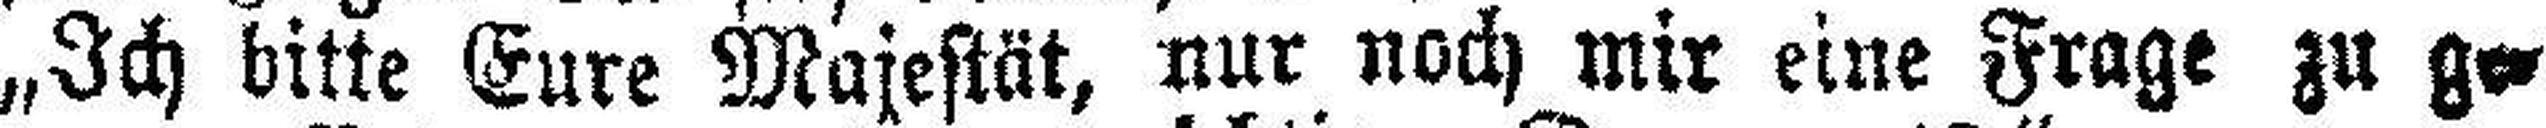
„Ich bitte Eure Majestät, nur noch mir eine Frage zu ge¬